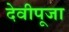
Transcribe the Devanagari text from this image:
देवीपूजा